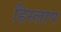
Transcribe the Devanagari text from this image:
हिस्लाप